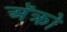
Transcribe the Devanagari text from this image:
अॅक्रो